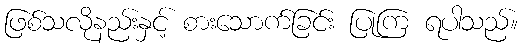
ဖြစ်သလိုနည်းနှင့် စားသောက်ခြင်း ပြုကြ ရပါသည်။